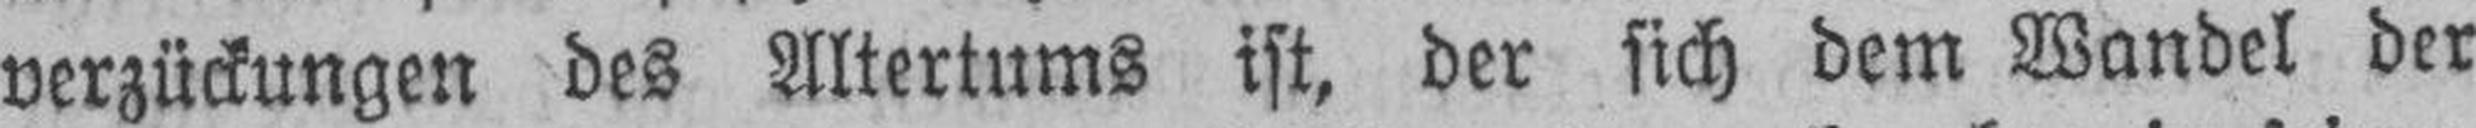
verzückungen des Altertums ist, der sich dem Wandel der